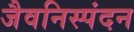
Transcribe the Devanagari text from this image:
जैवनिस्पंदन